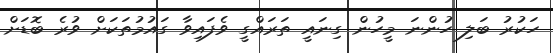
ހަކުރު ބަލި ހުންނަ މީހުން ގިނައީ ތަރައްގީ ވެފައިވާ ގައުމުތަކަށް ވުރެ ބޮޑަށް